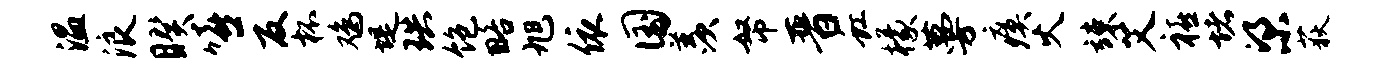
温浪睽嘻反杯鸡堤珙饱略旭依国羡帑晋虹檬蔓瘼火竦艾禧堵梁荻